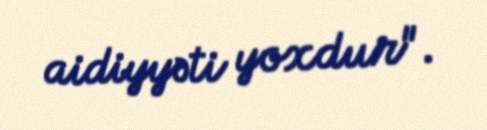
aidiyyəti yoxdur".